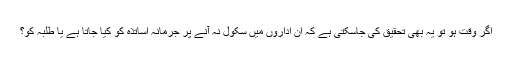
اگر وقت ہو تو یہ بھی تحقیق کی جاسکتی ہے کہ ان اداروں میں سکول نہ آنے پر جرمانہ اساتذہ کو کیا جاتا ہے یا طلبہ کو؟